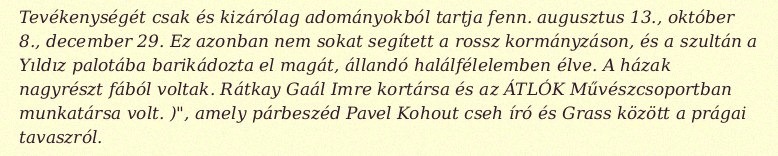
Tevékenységét csak és kizárólag adományokból tartja fenn. augusztus 13., október 8., december 29. Ez azonban nem sokat segített a rossz kormányzáson, és a szultán a Yıldız palotába barikádozta el magát, állandó halálfélelemben élve. A házak nagyrészt fából voltak. Rátkay Gaál Imre kortársa és az ÁTLÓK Művészcsoportban munkatársa volt. )", amely párbeszéd Pavel Kohout cseh író és Grass között a prágai tavaszról.